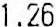
1.26